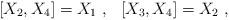
LaTeX: \begin{align*} [X_2,X_4]=X_1~,~~[X_3,X_4]=X_2 ~, \end{align*}